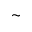
\sim